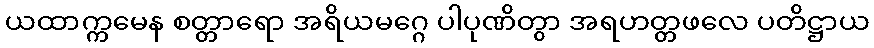
ယထာက္ကမေန စတ္တာရော အရိယမဂ္ဂေ ပါပုဏိတွာ အရဟတ္တဖလေ ပတိဋ္ဌာယ